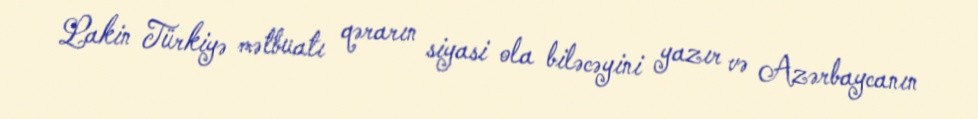
Lakin Türkiyə mətbuatı qərarın siyasi ola biləcəyini yazır və Azərbaycanın